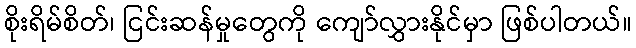
စိုးရိမ်စိတ်၊ ငြင်းဆန်မှုတွေကို ကျော်လွှားနိုင်မှာ ဖြစ်ပါတယ်။